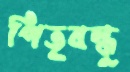
পিতৃবন্ধু